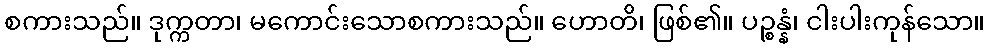
စကားသည်။ ဒုက္ကတာ၊ မကောင်းသောစကားသည်။ ဟောတိ၊ ဖြစ်၏။ ပဉ္စန္နံ၊ ငါးပါးကုန်သော။